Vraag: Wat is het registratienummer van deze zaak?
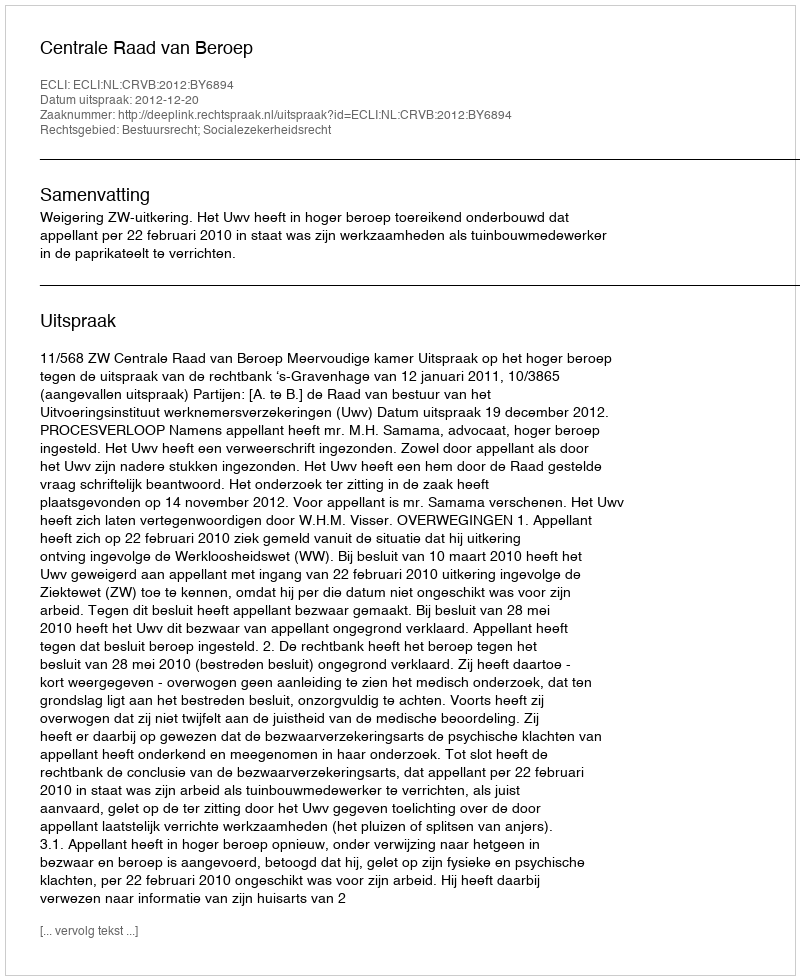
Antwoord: http://deeplink.rechtspraak.nl/uitspraak?id=ECLI:NL:CRVB:2012:BY6894